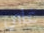
غاي